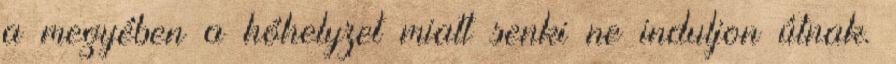
a megyében a hóhelyzet miatt senki ne induljon útnak.